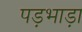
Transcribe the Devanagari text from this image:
पड़भाड़ा